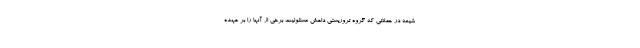
شیعه در حملاتی که گروه تروریستی داعش مسئولیت برخی از آنها را بر عهده